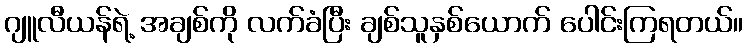
ဂျူလီယန်ရဲ့ အချစ်ကို လက်ခံပြီး ချစ်သူနှစ်ယောက် ပေါင်းကြရတယ်။